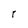
Character: r